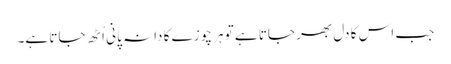
جب اس کا دل بھر جاتا ہے تو ہر چوزے کا دانہ پانی اُٹھ جاتا ہے۔